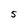
Character: 5